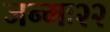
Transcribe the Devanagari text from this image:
जन्मः२२